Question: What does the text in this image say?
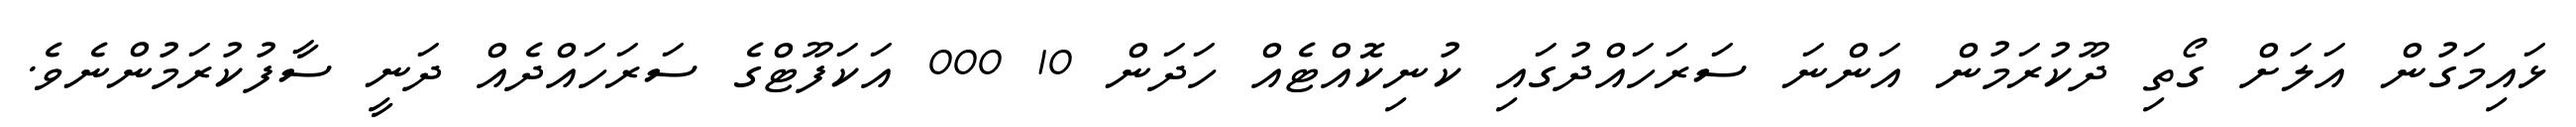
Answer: ޅައިމަގުން އަލަށް ގޯތި ދޫކުރަމުން އަންނަ ސަރަހައްދުގައި ކުނިކޮއްޓެއް ހަދަން 10 000 އަކަފޫޓްގެ ސަރަހައްދެއް ދަނީ ސާފުކުރަމުންނެވެ.